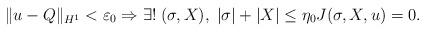
LaTeX: \begin{align*}\| u -Q \|_{H^1} < \varepsilon_0 \Rightarrow \exists ! \; (\sigma, X) , \; |\sigma| + |X| \le \eta_0 J(\sigma, X ,u)=0.\end{align*}